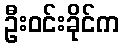
ဦးဝင်းခိုင်က